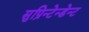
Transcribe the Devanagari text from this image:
सुप्रिन्टेन्डेन्ट